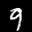
Label: 9